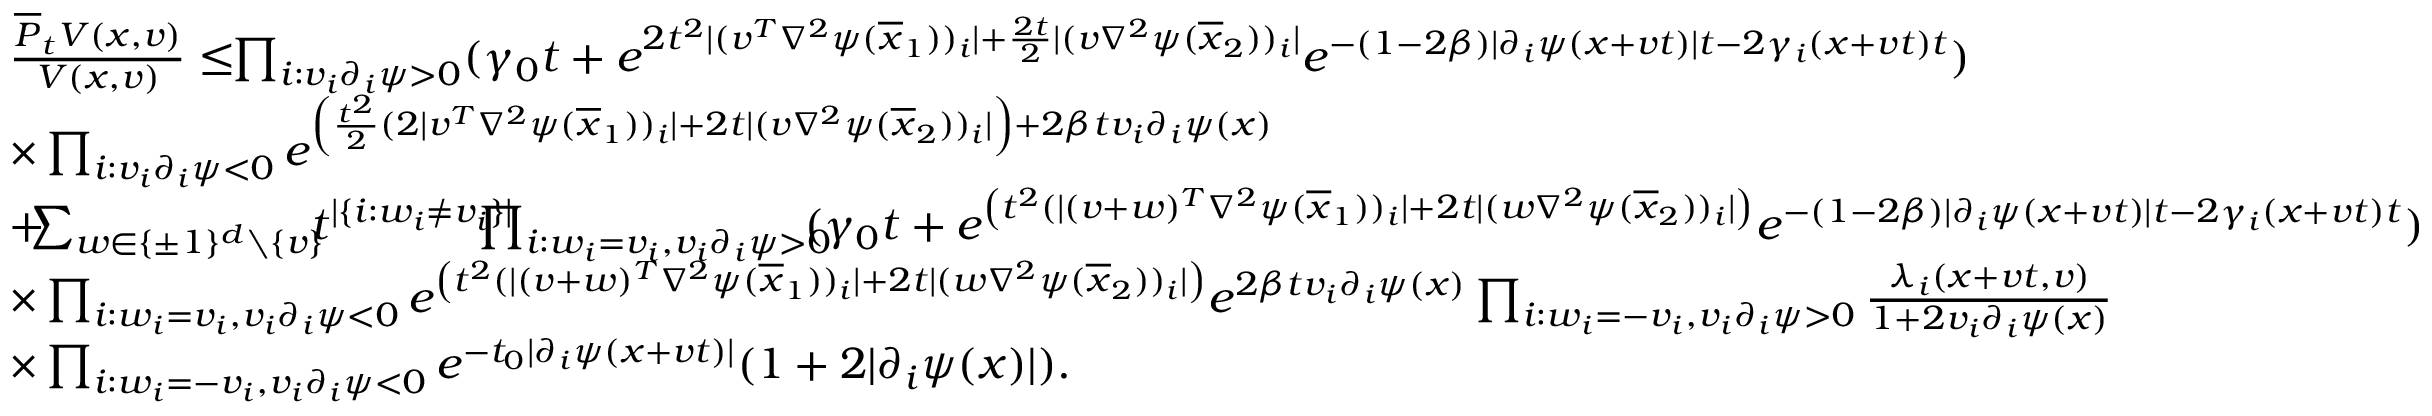
\begin{array} { r l } & { \frac { \overline { { P } } _ { t } V ( x , v ) } { V ( x , v ) } \leq \! \! \prod _ { i : v _ { i } \partial _ { i } \psi > 0 } ( \gamma _ { 0 } t + e ^ { 2 t ^ { 2 } \lvert ( v ^ { T } \nabla ^ { 2 } \psi ( \overline { { x } } _ { 1 } ) ) _ { i } \rvert + \frac { 2 t } { 2 } \lvert ( v \nabla ^ { 2 } \psi ( \overline { { x } } _ { 2 } ) ) _ { i } \rvert } e ^ { - ( 1 - 2 \beta ) \lvert \partial _ { i } \psi ( x + v t ) \rvert t - 2 \gamma _ { i } ( x + v t ) t } ) } \\ & { \times \prod _ { i : v _ { i } \partial _ { i } \psi < 0 } e ^ { \left( \frac { t ^ { 2 } } { 2 } ( 2 \lvert v ^ { T } \nabla ^ { 2 } \psi ( \overline { { x } } _ { 1 } ) ) _ { i } \rvert + 2 t \lvert ( v \nabla ^ { 2 } \psi ( \overline { { x } } _ { 2 } ) ) _ { i } \rvert \right) + 2 \beta t v _ { i } \partial _ { i } \psi ( x ) } } \\ & { + \! \! \! \sum _ { w \in \{ \pm 1 \} ^ { d } \setminus \{ v \} } \! \! \! t ^ { | \{ i : w _ { i } \neq v _ { i } \} | } \! \! \! \! \! \! \prod _ { i : w _ { i } = v _ { i } , v _ { i } \partial _ { i } \psi > 0 } \! \! \! \! ( \gamma _ { 0 } t + e ^ { \left( t ^ { 2 } ( \lvert ( v + w ) ^ { T } \nabla ^ { 2 } \psi ( \overline { { x } } _ { 1 } ) ) _ { i } \rvert + 2 t \lvert ( w \nabla ^ { 2 } \psi ( \overline { { x } } _ { 2 } ) ) _ { i } \rvert \right) } e ^ { - ( 1 - 2 \beta ) \lvert \partial _ { i } \psi ( x + v t ) \rvert t - 2 \gamma _ { i } ( x + v t ) t } ) } \\ & { \times \prod _ { i : w _ { i } = v _ { i } , v _ { i } \partial _ { i } \psi < 0 } e ^ { \left( t ^ { 2 } ( \lvert ( v + w ) ^ { T } \nabla ^ { 2 } \psi ( \overline { { x } } _ { 1 } ) ) _ { i } \rvert + 2 t \lvert ( w \nabla ^ { 2 } \psi ( \overline { { x } } _ { 2 } ) ) _ { i } \rvert \right) } e ^ { 2 \beta t v _ { i } \partial _ { i } \psi ( x ) } \prod _ { i : w _ { i } = - v _ { i } , v _ { i } \partial _ { i } \psi > 0 } \frac { \lambda _ { i } ( x + v t , v ) } { 1 + 2 v _ { i } \partial _ { i } \psi ( x ) } } \\ & { \times \prod _ { i : w _ { i } = - v _ { i } , v _ { i } \partial _ { i } \psi < 0 } e ^ { - t _ { 0 } \lvert \partial _ { i } \psi ( x + v t ) \rvert } ( 1 + 2 \lvert \partial _ { i } \psi ( x ) \rvert ) . } \end{array}